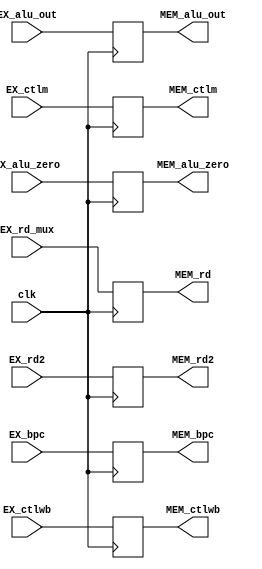
`ifndef _ex_mem_
`define _ex_mem_
`endif

module ex_mem(clk,
            EX_bpc, EX_alu_out, EX_rd2, EX_ctlwb, EX_ctlm, EX_alu_zero, EX_rd_mux,
            MEM_bpc, MEM_alu_out, MEM_rd2, MEM_ctlwb, MEM_ctlm, MEM_alu_zero, MEM_rd
            );
  input wire clk;          
            
  input wire [31:0] EX_bpc, EX_alu_out, EX_rd2;
  input wire [1:0] EX_ctlwb;
  input wire [2:0] EX_ctlm;
  input wire EX_alu_zero;
  input wire [4:0] EX_rd_mux;
  
  output reg [31:0] MEM_bpc, MEM_alu_out, MEM_rd2;
  output reg [1:0] MEM_ctlwb;
  output reg [2:0] MEM_ctlm;
  output reg MEM_alu_zero;
  output reg [4:0] MEM_rd;
  
  initial begin
    MEM_bpc <=0;
    MEM_alu_out <= 0;
    MEM_rd2 <= 0;
    MEM_ctlwb <= 0;
    MEM_ctlm <= 0;
    MEM_alu_zero <= 0;
    MEM_rd <= 0;
  end
  
  always @(posedge clk) begin
    MEM_bpc      <= EX_bpc;
    MEM_alu_out  <= EX_alu_out;
    MEM_rd2      <= EX_rd2;
    MEM_ctlwb    <= EX_ctlwb;
    MEM_ctlm     <= EX_ctlm;
    MEM_alu_zero <= EX_alu_zero;
    MEM_rd       <= EX_rd_mux;
  end

endmodule